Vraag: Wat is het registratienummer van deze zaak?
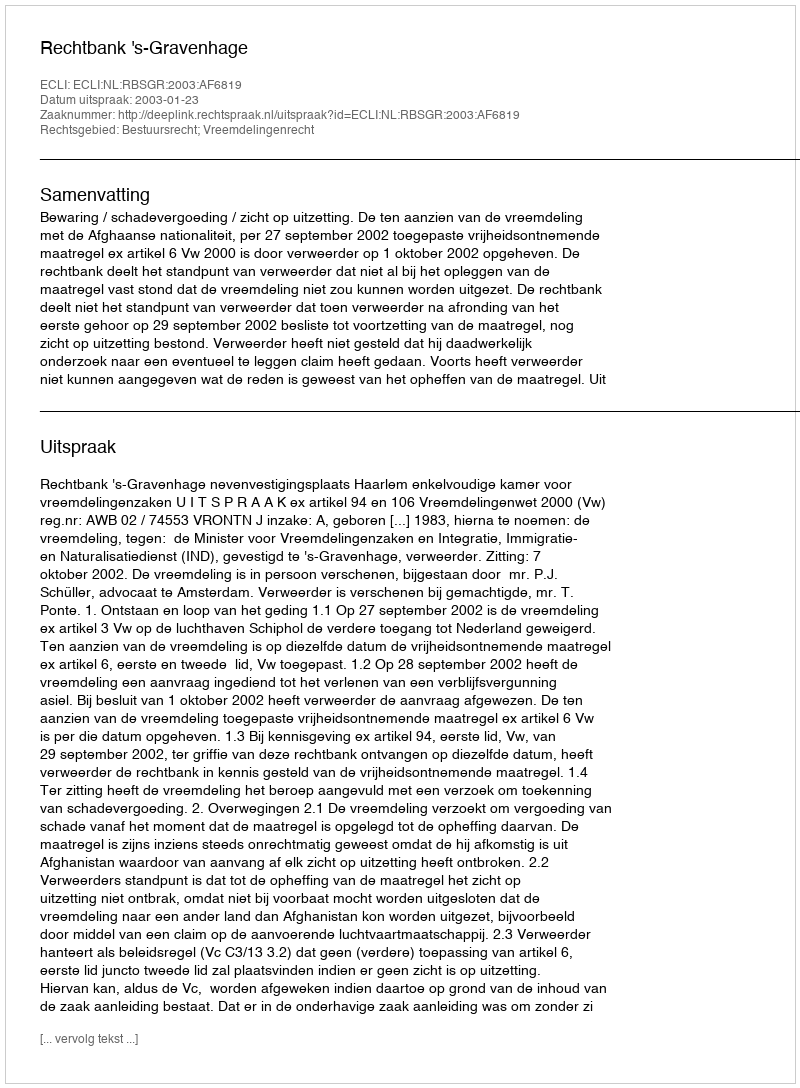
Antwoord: http://deeplink.rechtspraak.nl/uitspraak?id=ECLI:NL:RBSGR:2003:AF6819